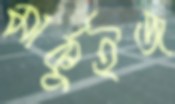
মার্কুইজ